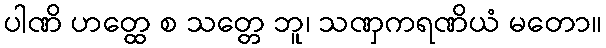
ပါဏိ ဟတ္ထေ စ သတ္တေ ဘူ၊ သဏှကရဏိယံ မတော။